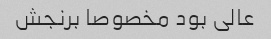
عالی بود مخصوصا برنجش